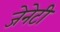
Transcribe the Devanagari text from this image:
जेनेटी